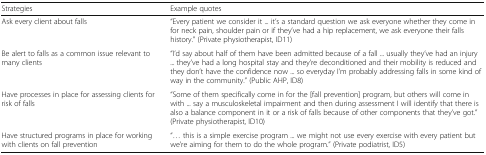
| Strategies | Example quotes |
 | --- | --- |
 | Ask every client about falls | “Every patient we consider it ... it’s a standard question we ask everyone whether they come in for neck pain, shoulder pain or if they’ve had a hip replacement, we ask everyone their falls history.” (Private physiotherapist, ID11) |
 | Be alert to falls as a common issue relevant to many clients | “I’d say about half of them have been admitted because of a fall ... usually they’ve had an injury ... they’ve had a long hospital stay and they’re deconditioned and their mobility is reduced and they don’t have the confidence now ... so everyday I’m probably addressing falls in some kind of way in the community.” (Public AHP, ID8) |
 | Have processes in place for assessing clients for risk of falls | “Some of them specifically come in for the [fall prevention] program, but others will come in with ... say a musculoskeletal impairment and then during assessment I will identify that there is also a balance component in it or a risk of falls because of other components that they’ve got.” (Private physiotherapist, ID10) |
 | Have structured programs in place for working with clients on fall prevention | “... this is a simple exercise program ... we might not use every exercise with every patient but we’re aiming for them to do the whole program.” (Private podiatrist, ID5) |